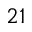
^ { 2 1 }